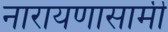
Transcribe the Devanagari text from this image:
नारायणासामी